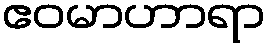
ဧဝမာဟာရာ